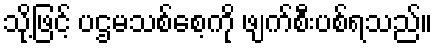
သို့ဖြင့် ပဌမသစ်စေ့ကို ဖျက်စီးပစ်ရသည်။